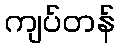
ကျပ်တန်